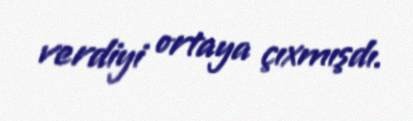
verdiyi ortaya çıxmışdı.